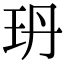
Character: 玬